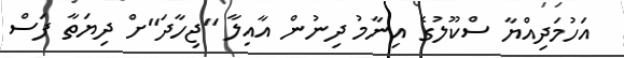
އަހުމަދިއްޔާ ސްކޫލުގެ އިނާމު ދިނުން އާއިލާ "ޖިހާދަ"ށް ދިޔަތާ ފަސް